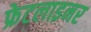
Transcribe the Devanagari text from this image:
फ्रेटलाइनर